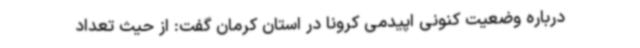
درباره وضعیت کنونی اپیدمی کرونا در استان کرمان گفت: از حیث تعداد